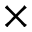
{ \bf \times }